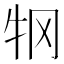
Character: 𰠫